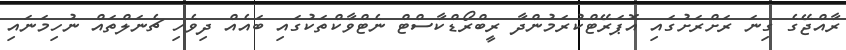
ރާއްޖޭގެ ގިނަ ރަށްރަށުގައި އޮޕަރޭޓްކުރަމުންދާ ރީބްރޯޑްކާސްޓް ނެޓްވާކްތަކުގައި ބައެއް ދިވެހި ޗެނަލްތައް ނުހިމަނައި